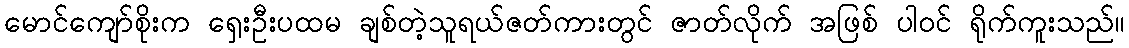
မောင်ကျော်စိုးက ရှေးဦးပထမ ချစ်တဲ့သူရယ်ဇတ်ကားတွင် ဇာတ်လိုက် အဖြစ် ပါဝင် ရိုက်ကူးသည်။